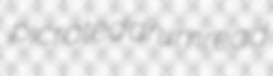
picrated drumread